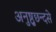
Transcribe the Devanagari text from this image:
अनुष्ठुछन्दसे